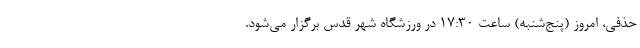
حذفی، امروز (پنج‌شنبه) ساعت ۱۷:۳۰ در ورزشگاه شهر قدس برگزار می‌شود.